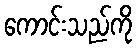
ကောင်းသည်ကို